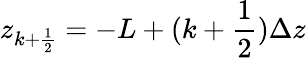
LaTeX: z_{k+\frac{1}{2}}=-L+(k+\frac{1}{2})\Delta z